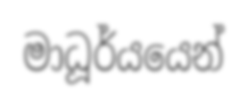
මාධූර්යයෙන්